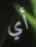
أي